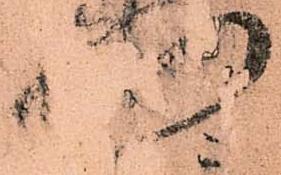
門